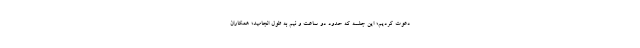
دعوت کردیم؛ این جلسه که حدود دو ساعت و نیم به طول انجامید؛ همکاران